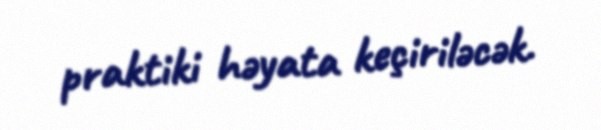
praktiki həyata keçiriləcək.